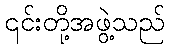
၎င်းတို့အဖွဲ့သည်